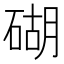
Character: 𥔓